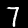
Label: 7